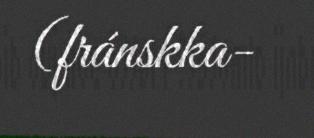
(fránskka-